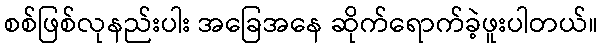
စစ်ဖြစ်လုနည်းပါး အခြေအနေ ဆိုက်ရောက်ခဲ့ဖူးပါတယ်။